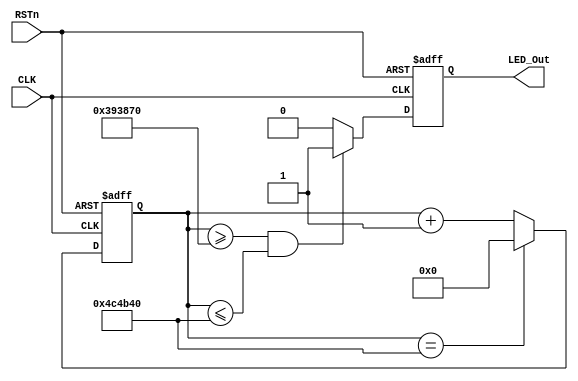
///////////////////////////////////////
//// led3_module.v
////               ZHAOCHAO
//// 			           2016-11-13
////////////////////////////////////////////////////////
////

module led3_module 
(
	CLK, RSTn, LED_Out
);

	input CLK;
	input RSTn;
	output LED_Out;
	
	//// System_clk = 50MHz, 50M*0.01 = 5_000_000;
	parameter T100MS = 23'd5_000_000;
	
	reg [22:0]Count1;
	
	always@(posedge CLK or negedge RSTn)
		if(!RSTn)
			Count1 <= 23'd0;
		else if(Count1 == T100MS)
			Count1 <= 23'd0;
		else 
			Count1 <= Count1 + 1'b1;
			
	////////////////////////////////////////////////////////

	reg rLED_Out;
	
	always@(posedge CLK or negedge RSTn)
		if(!RSTn)
			rLED_Out <= 1'b0;
		else if(Count1 >= 23'd3_750_000 && Count1 <= 23'd5_000_000)
			rLED_Out <= 1'b1;
		else
			rLED_Out <= 1'b0;
			
	///////////////////////////////////////////////////////////
	
	
	assign LED_Out = rLED_Out;
	
	
endmodule